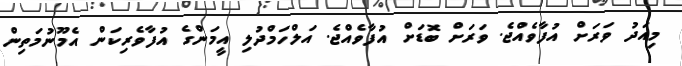
މިއަދު ވަރަށް އުފާވެއްޖެ. ވަރަށް ބޮޑަށް އުފާވެއްޖެ. އަލްހަމްދުލި އީމަންގެ އުފާވެރިކަން އެމޫނުމަތިން